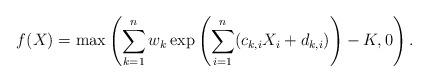
LaTeX: \begin{align*}f(X)=\max\left(\sum_{k=1}^{n}w_{k}\exp\left(\sum_{i=1}^{n}(c_{k,i}X_i+d_{k,i})\right)-K,0\right).\end{align*}